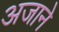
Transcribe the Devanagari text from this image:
अजाने